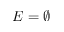
E = \emptyset